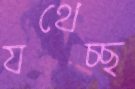
যথেচ্ছ